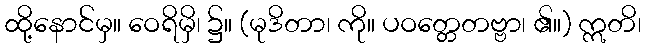
ထို့နောင်မှ။ ဝေရိမှိ၊ ၌။ (မုဒိတာ၊ ကို။ ပဝတ္တေတဗ္ဗာ၊ ၏။) ဣတိ၊